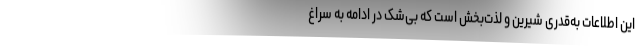
این اطلاعات به‌قدری شیرین و لذت‌بخش است که بی‌شک در ادامه به سراغ